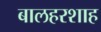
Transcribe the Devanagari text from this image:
बालहरशाह